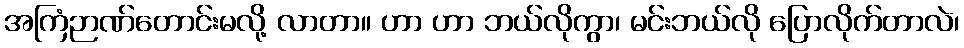
အကြံဉာဏ်တောင်းမလို့ လာတာ။ ဟာ ဟာ ဘယ်လိုကွာ၊ မင်းဘယ်လို ပြောလိုက်တာလဲ၊